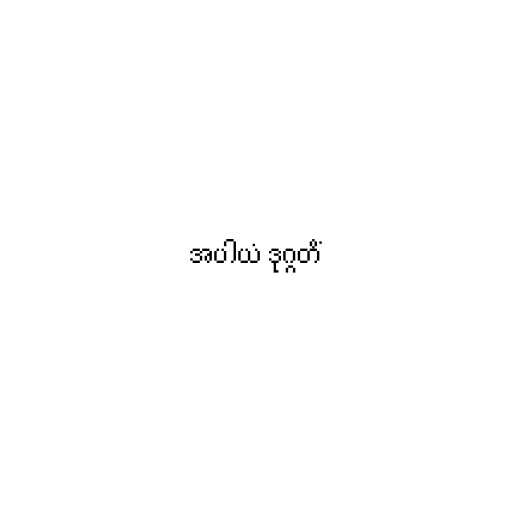
အပါယံ ဒုဂ္ဂတိံ